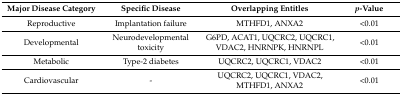
<table><thead><tr><td><b>Major Disease Category</b></td><td><b>Specific Disease</b></td><td><b>Overlapping Entitles</b></td><td><b><i>p</i>-Value</b></td></tr></thead><tbody><tr><td>Reproductive</td><td>Implantation failure</td><td>MTHFD1, ANXA2</td><td>&lt;0.01</td></tr><tr><td>Developmental</td><td>Neurodevelopmental toxicity</td><td>G6PD, ACAT1, UQCRC2, UQCRC1, VDAC2, HNRNPK, HNRNPL</td><td>&lt;0.01</td></tr><tr><td>Metabolic</td><td>Type-2 diabetes</td><td>UQCRC2, UQCRC1, VDAC2</td><td>&lt;0.01</td></tr><tr><td>Cardiovascular</td><td>-</td><td>UQCRC2, UQCRC1, VDAC2, MTHFD1, ANXA2</td><td>&lt;0.01</td></tr></tbody></table>